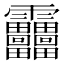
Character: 𩇓